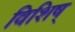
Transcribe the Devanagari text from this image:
विशिष्